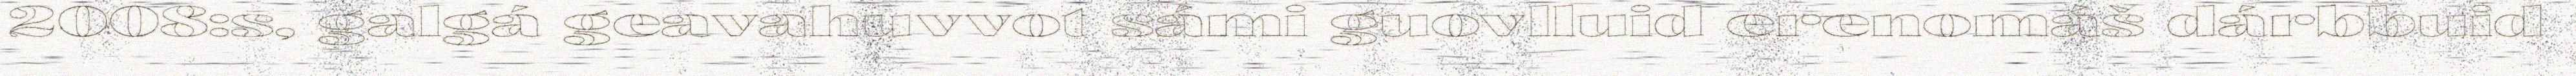
2008:s, galgá geavahuvvot sámi guovlluid erenomáš dárbbuid